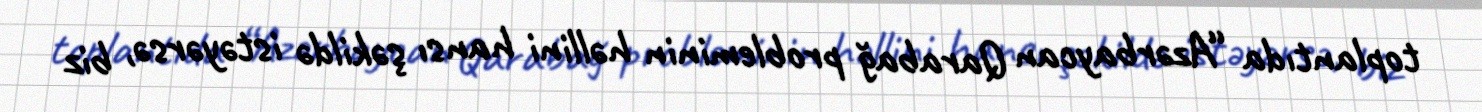
toplantıda “Azərbaycan Qarabağ probleminin həllini hansı şəkildə istəyərsə, biz